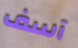
آسف